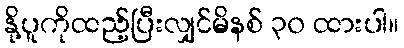
နို့ပူကိုထည့်ပြီးလျှင်မိနစ် ၃၀ ထားပါ။